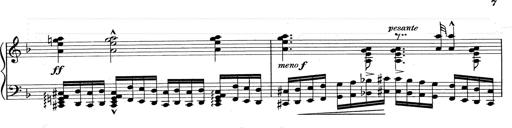
Title: RÃ©miniscences de Don Juan
Composer: Franz Liszt